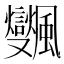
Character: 𩙜